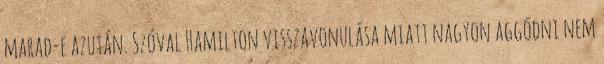
marad-e azután. Szóval Hamilton visszavonulása miatt nagyon aggódni nem